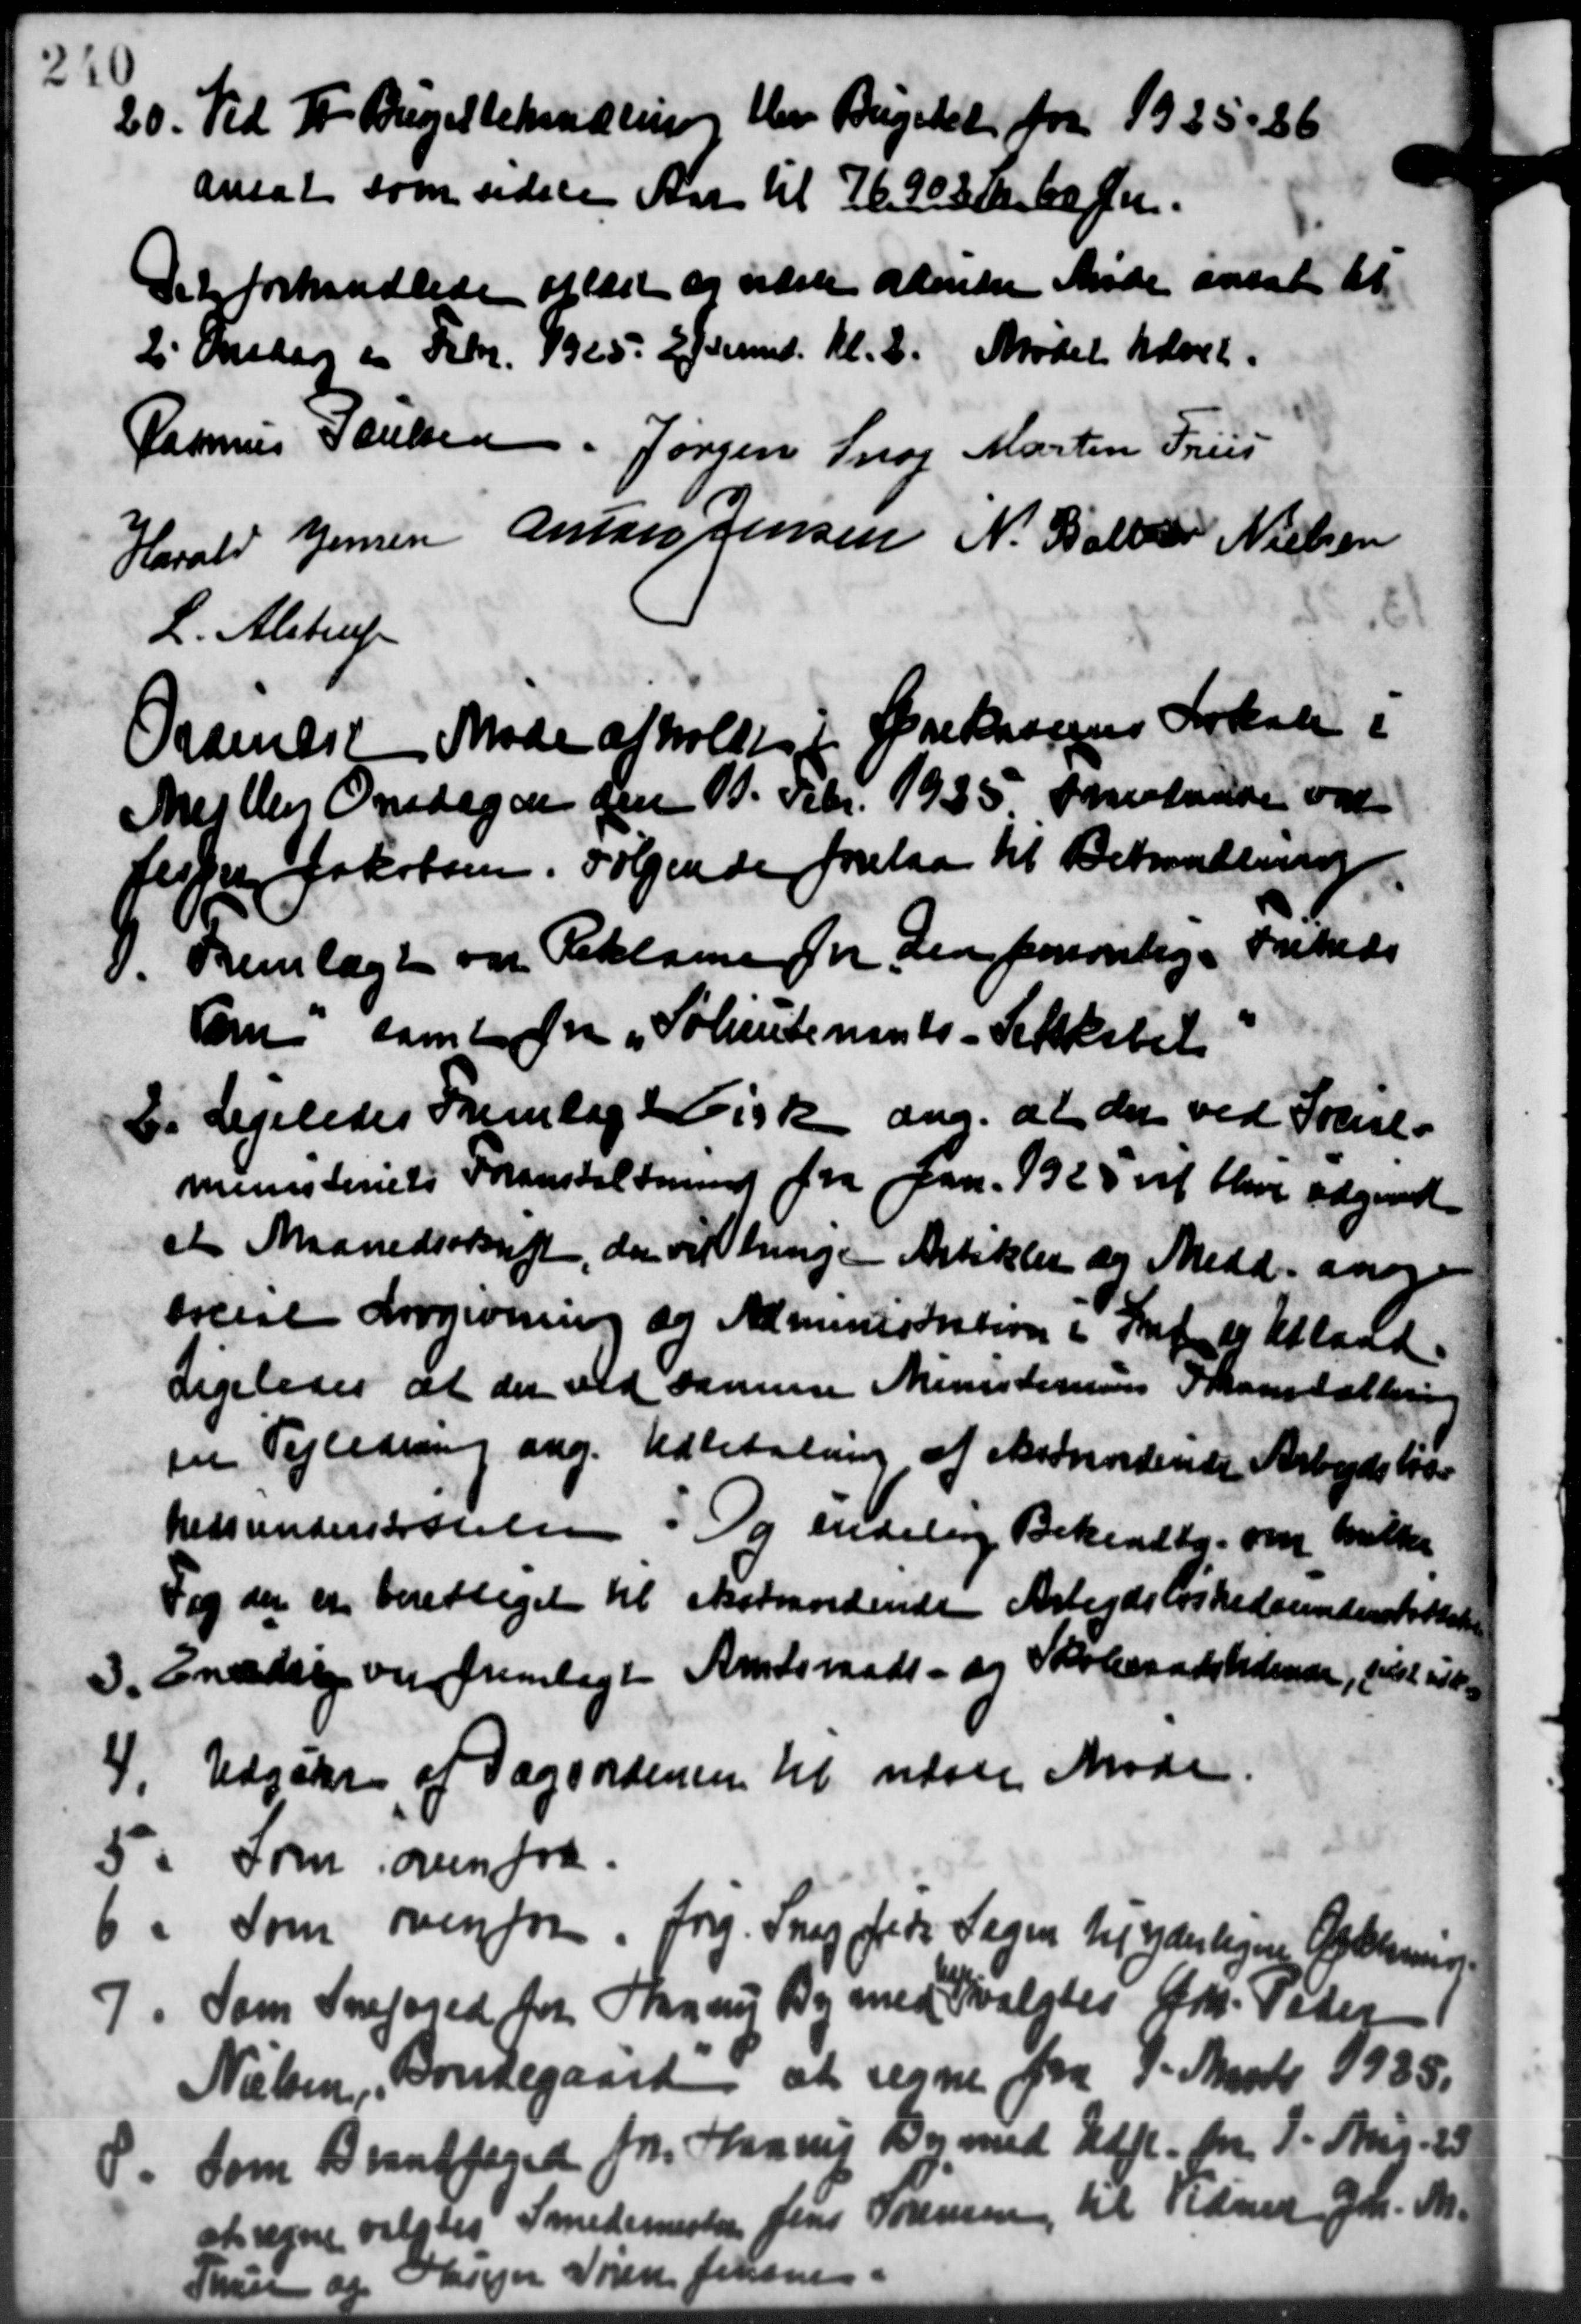
Transskription:
20. Tid Fr. Bugetbehandling blev Bugetet fra 1925-26
20. Tid Fr. Bugetbehandling blev Bugetet fra 1925-26
ansat som sidste Aar til 76.900 Kr. 60 Øre.
Det forhandlede oplæst er sidste alende Møde ansat til
2' Onsdag i Febr. 1965. Eftmd. Kl. 8. Mødet hævet.
Rasmus Poulsen Jørgen Snog Martin Friis
Harald Jensen Anton Jensen N. Balle Nielsen
L. Alstrup
Orannest Møde afholdt i Ørekassens Lokale i
Mejlby Onsdagen den 1. Febr. 1935 opladse var
Jesper Jakobsen. Følgende forelaa til Behandling
0. Fremlagt om Reklame for den forsonlige Friheds
0. Fremlagt om Reklame for den forsonlige Friheds
Som samt fra „Solieutenants-Selskabel
Ei Ligeledes Fremlag 2610 Kr ang. at det ved Social-
Ei Ligeledes Fremlag 2610 Kr ang. at det ved Social-
ministeriets Foranstaltning fra Jan. 1925 vil blive udgivet.
et Maanedsskrift, der var enige Artikler og Medd. ang
social Lovgivning og Alministation i Sten til Alland.
Ligeledes at der ved samme Ministeriums Skanstallering
en Tejledning ang. Udbetaling af Medvindende Arbejdsløs
hedsunderstøttelsen i Og endelig Bekendtg. om hvilke
Fog der er berettiget til skatandende Arbejdsløshedsunderstøttelse
3. Enddrig var fremlagt Amtsraads- og Skoleraadstidende, vil vid
3. Enddrig var fremlagt Amtsraads- og Skoleraadstidende, vil vid
4. Udgik af Dagsordenen til næste Møde
4. Udgik af Dagsordenen til næste Møde
5. Som oven fra
5. Som oven fra
6. Som ovenfor, Jørg. Siegfreds Sagen til yderligne Oftermine
6. Som ovenfor, Jørg. Siegfreds Sagen til yderligne Oftermine
7. Som Snefoged fra Skaarup By med valgtes Gdr. Peder
7. Som Snefoged fra Skaarup By med valgtes Gdr. Peder
Nielsen, Børnegaard at regne fra 1. Marts 1935.
8. Som Brandfoged for Haarup Der med Udf. fra 1. Aar. 25
8. Som Brandfoged for Haarup Der med Udf. fra 1. Aar. 25
at regne valgtes Smedemester Jens Sørensen til Vidner J. M.
Thune og Husejer Søren Jensen.